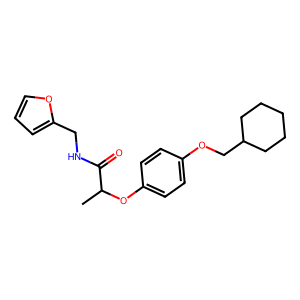
SMILES: CC(Oc1ccc(OCC2CCCCC2)cc1)C(=O)NCc1ccco1
Inhibits HIV replication: No